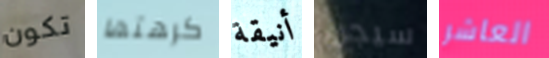
تكون كرهتها أنيقة سيجن العاشر